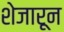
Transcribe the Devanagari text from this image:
शेजारून